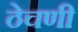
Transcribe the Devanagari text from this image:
ठेचणी